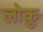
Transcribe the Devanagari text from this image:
लोकु